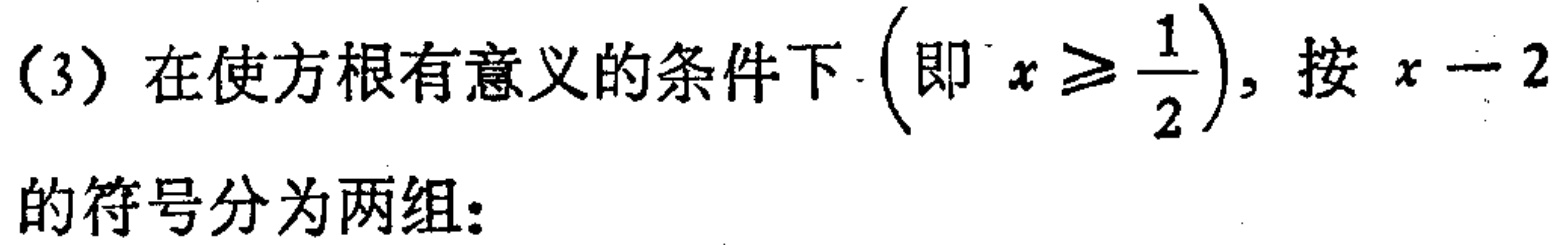
(3) 在使方根有意义的条件下$\left(即\ x\geqslant\frac{1}{2}\right)$，按$x - 2$的符号分为两组：